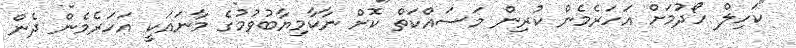
"ކަހިލް ހޯދުމަށް އަހަރެމެން ކުރިން މަސައްކަތް ކޮށް ނާކާމިޔާބުވުމުގެ މާނައަކީ އަހަރެމެން ދެން